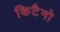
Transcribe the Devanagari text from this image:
किटैनो